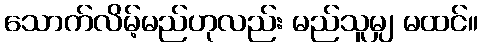
သောက်လိမ့်မည်ဟုလည်း မည်သူမျှ မထင်။